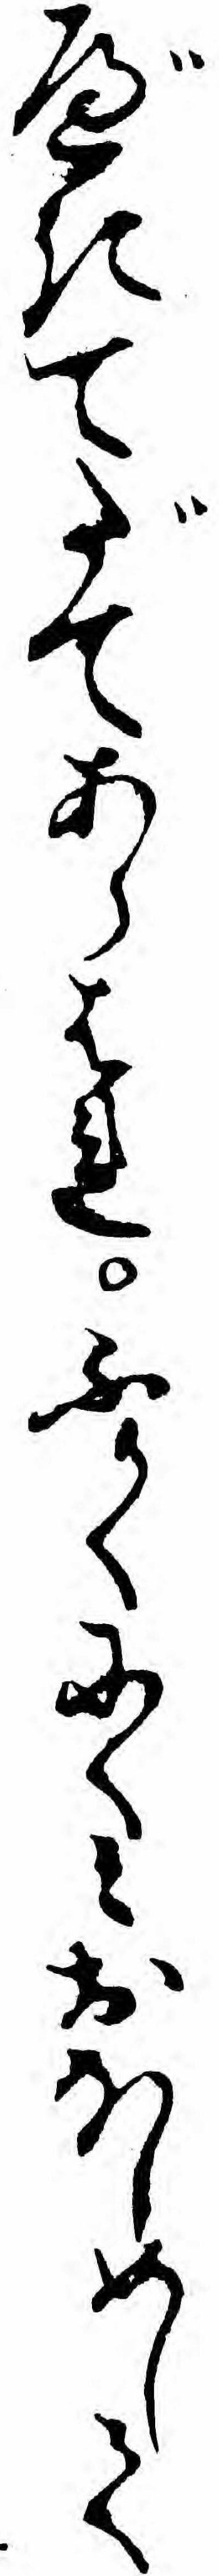
べきてだてあらはれふかくにくミおほしめして